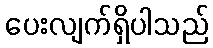
ပေးလျက်ရှိပါသည်